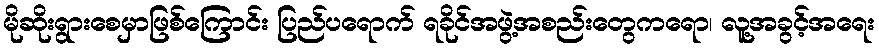
မိုဆိုးရွားစေမှာဖြစ်ကြောင်း ပြည်ပရောက် ရခိုင်အဖွဲ့အစည်းတွေကရော၊ လူ့အခွင့်အရေး